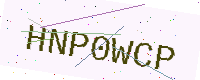
Text: HNP0WCP